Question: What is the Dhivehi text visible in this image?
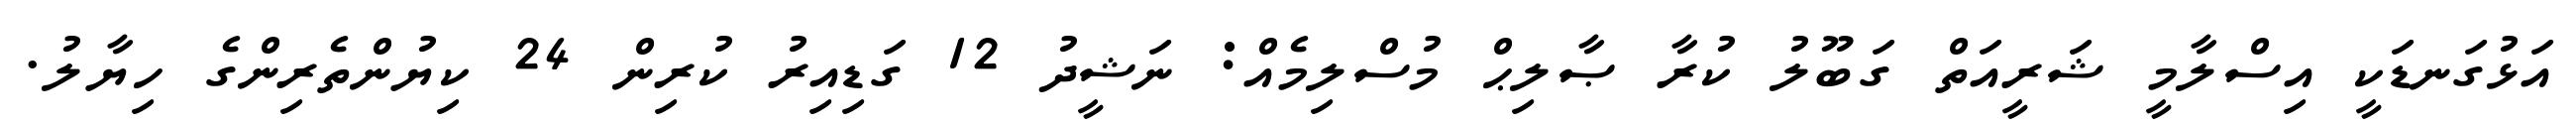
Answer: އަޅުގަނޑަކީ އިސްލާމީ ޝަރީއަތް ގަބޫލު ކުރާ ޞާލިޙް މުސްލިމެއް: ނަޝީދު 12 ގަޑިއިރު ކުރިން 24 ކިޔުންތެރިންގެ ހިޔާލު.